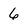
Character: 6